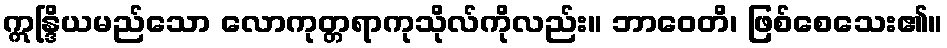
ဣန္ဒြိယမည်သော လောကုတ္တရာကုသိုလ်ကိုလည်း။ ဘာဝေတိ၊ ဖြစ်စေသေး၏။